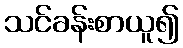
သင်ခန်းစာယူ၍